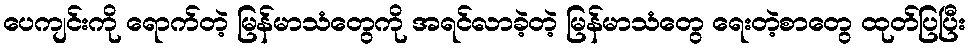
ပေကျင်းကို ရောက်တဲ့ မြန်မာသံတွေကို အရင်လာခဲ့တဲ့ မြန်မာသံတွေ ရေးတဲ့စာတွေ ထုတ်ပြပြီး